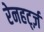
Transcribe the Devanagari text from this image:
रेनहर्ट्ज़